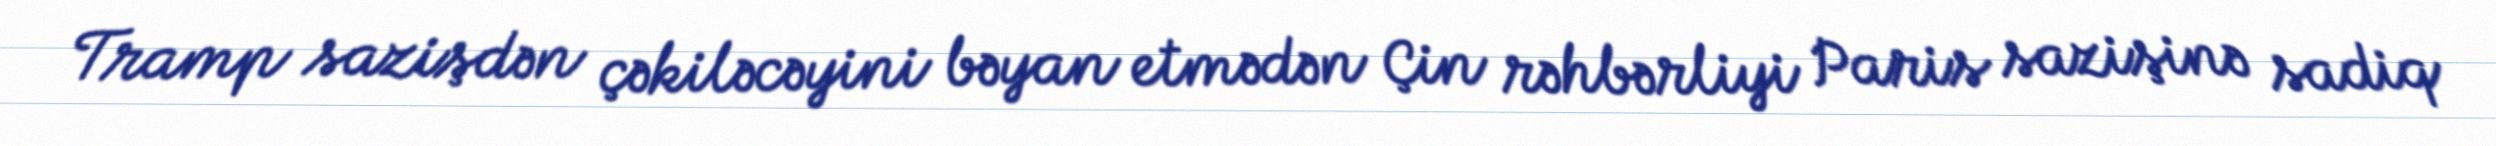
Tramp sazişdən çəkiləcəyini bəyan etmədən Çin rəhbərliyi Paris sazişinə sadiq